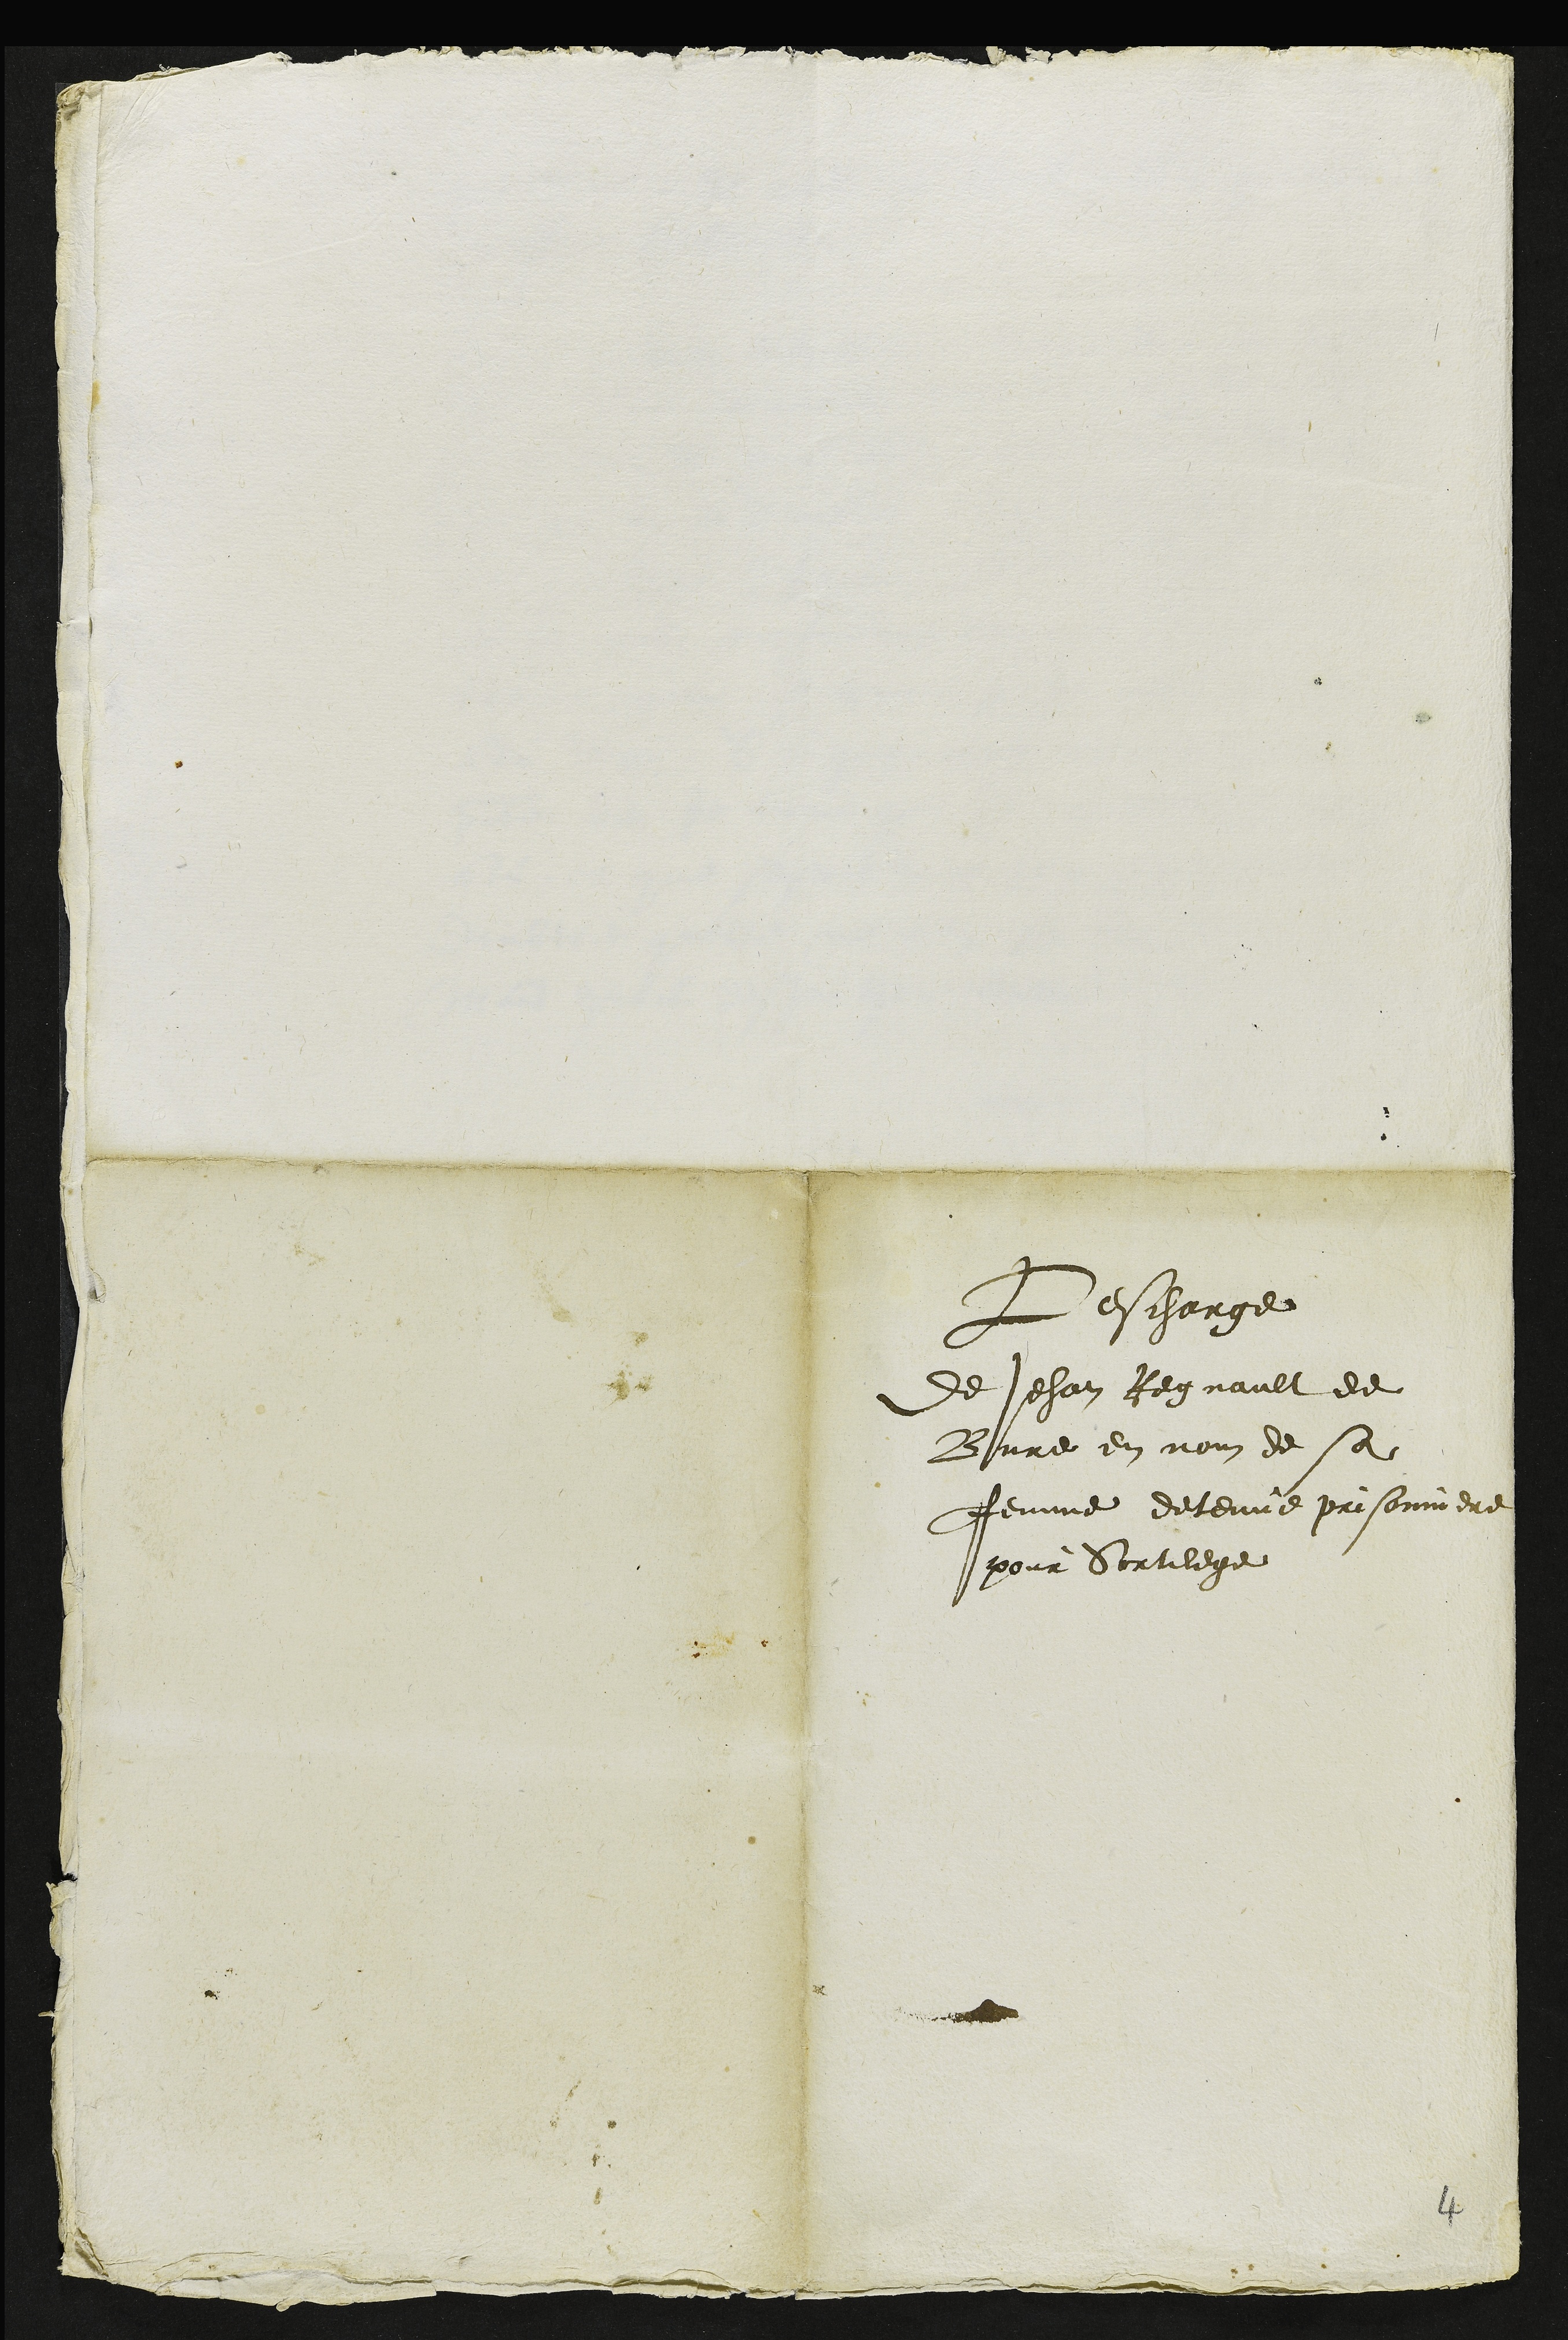
Deschargee
de Jehan Regnault de
Bure en nom de sa
femme detenue prisonniere
pour Sortilege